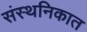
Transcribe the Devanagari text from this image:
संस्थनिकात